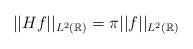
LaTeX: \begin{align*}||Hf||_{L^2(\mathbb{R})}=\pi||f||_{L^2(\mathbb{R})}\end{align*}